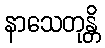
နာသေတုန္တိ